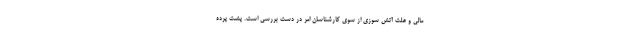
مالی و علت آتش سوزی از سوی کارشناسان امر در دست بررسی است. پشت پرده